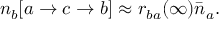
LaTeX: n _ { b } [ a \rightarrow c \rightarrow b ] \approx r _ { b a } ( \infty ) { \bar { n } } _ { a } .